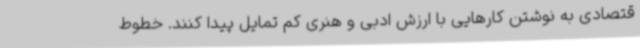
قتصادی به نوشتن کارهایی با ارزش ادبی و هنری کم تمایل پیدا کنند. خطوط